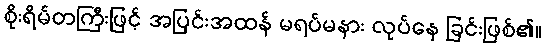
စိုးရိမ်တကြီးဖြင့် အပြင်းအထန် မရပ်မနား လုပ်နေ ခြင်းဖြစ်၏။